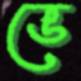
ভে